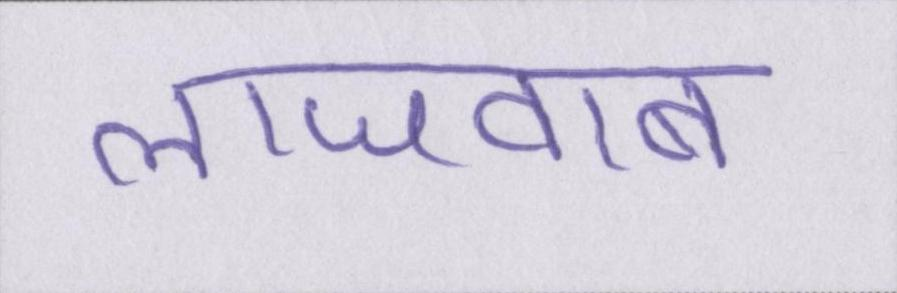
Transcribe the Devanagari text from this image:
लाजवाब